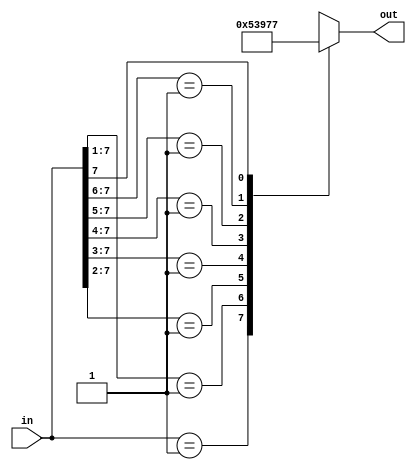
`timescale 1ns / 1ps
//////////////////////////////////////////////////////////////////////////////////
// Company: 
// Engineer: 
// 
// Design Name: 
// Module Name:    priority_encoder_8_3 
// Project Name: 
// Target Devices: 
// Tool versions: 
// Description: 
//
// Dependencies: 
//
// Revision: 
// Revision 0.01 - File Created
// Additional Comments: 
//
//////////////////////////////////////////////////////////////////////////////////
module priority_encoder_8_3(in,out);

input [7:0] in;
output  reg [2:0] out;

always@(in) begin
casex(in)
8'b00000001:out=3'b000;
8'b0000001x:out=3'b001;
8'b000001xx:out=3'b010;
8'b00001xxx:out=3'b011;
8'b0001xxxx:out=3'b100;
8'b001xxxxx:out=3'b101;
8'b01xxxxxx:out=3'b110;
8'b1xxxxxxx:out=3'b111;
default: out=3'bxxx;
endcase
end


endmodule